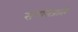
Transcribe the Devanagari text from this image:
संपत्तिप्राप्ति